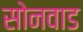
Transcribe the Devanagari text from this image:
सोनवाड